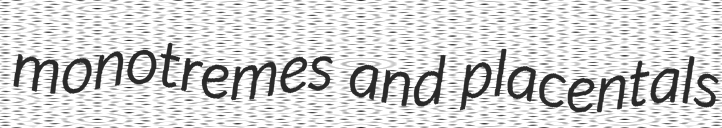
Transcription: monotremes and placentals